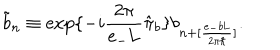
\tilde { b } _ { n } \equiv \exp \{ - i \frac { 2 \pi } { e _ { - } \mathrm { L } } \hat { \pi } _ { b } \} b _ { n + [ \frac { e _ { - } b \mathrm { L } } { 2 { \pi } { \hbar } } ] } .